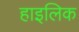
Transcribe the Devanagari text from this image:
हाइलिक